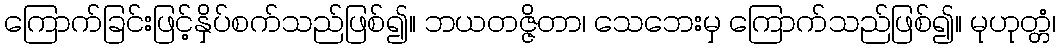
ကြောက်ခြင်းဖြင့်နှိပ်စက်သည်ဖြစ်၍။ ဘယတဇ္ဇိတာ၊ သေဘေးမှ ကြောက်သည်ဖြစ်၍။ မုဟုတ္တံ၊